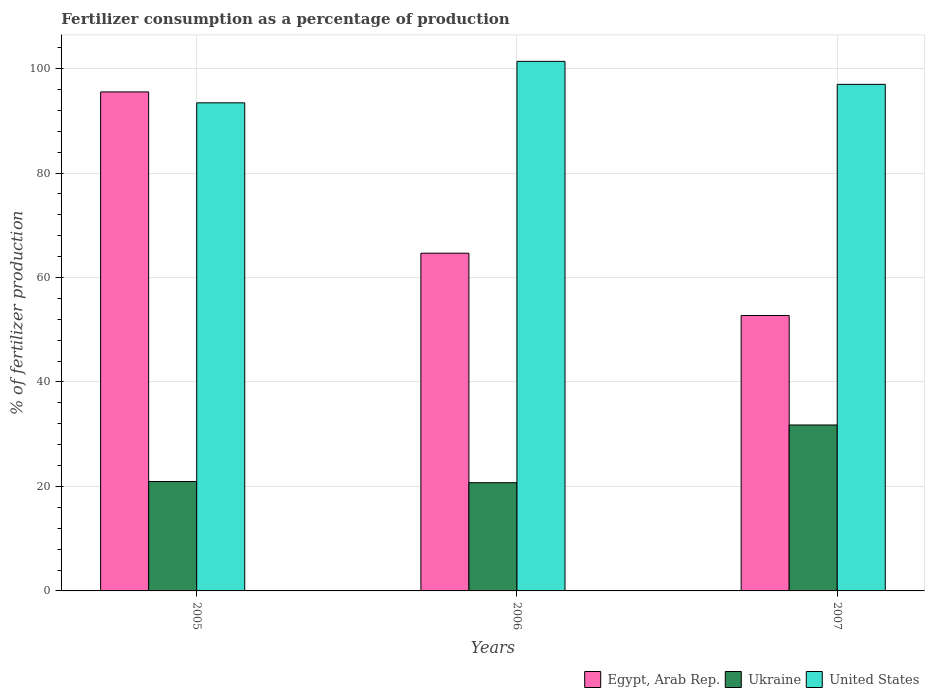
| Years | Egypt, Arab Rep. | Ukraine | United States |
 | --- | --- | --- | --- |
 | 2005 | 95.5 | 20.9 | 93.4 |
 | 2006 | 64.7 | 20.7 | 101 |
 | 2007 | 52.7 | 31.8 | 97 |